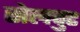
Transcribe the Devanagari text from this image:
सेलवुट